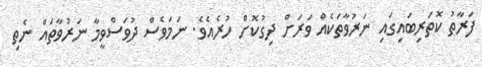
ފަރާތު ކޮތަރިބައިގައި ނަރުވާތަކެއް ވަރަށް ދިގުކޮށް ހުރެއެވެ. ނަމަވެސް ދުވަސްވީމާ ނަރުވާތައް ނެތި